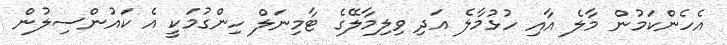
އެހެންކަމުން މާލެ އާއި ހުޅުމާލެ އަދި ވިލިމާލޭގެ ޓާމިނަލް ހިންގުމަކީ އެ ކައުންސިލުން